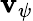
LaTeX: \mathbf{v}_{\psi}